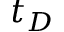
t _ { D }